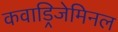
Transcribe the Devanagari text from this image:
कवाड्रिजेमिनल